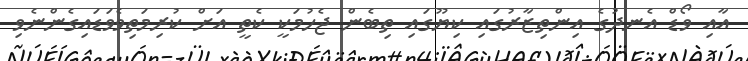
އާއި ވޯޑް އެނދުގެ އިންތިޒާރުގައި ކިޔޫގައި ތިބެން ޖެހުމަކީ ކެތީ އަށް ކުރިމަތިވެވަޑައިގެންނެވި